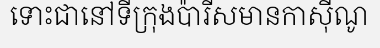
ទោះជានៅទីក្រុងប៉ារីសមានកាស៊ីណូ